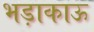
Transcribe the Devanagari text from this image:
भड़ाकाऊ